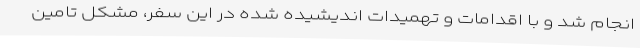
انجام شد و با اقدامات و تهمیدات اندیشیده شده در این سفر، مشکل تامین